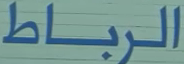
الرباط